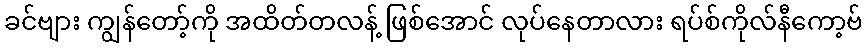
ခင်ဗျား ကျွန်တော့်ကို အထိတ်တလန့် ဖြစ်အောင် လုပ်နေတာလား ရပ်စ်ကိုလ်နီကော့ဗ်